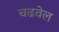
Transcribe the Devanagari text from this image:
चढवेल